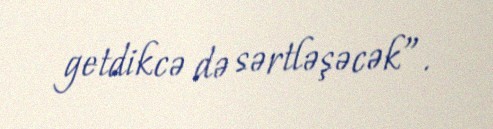
getdikcə də sərtləşəcək”.